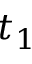
t _ { 1 }